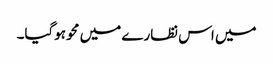
میں اس نظارے میں محو ہوگیا۔